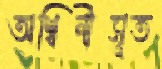
অশ্বিনীসূত